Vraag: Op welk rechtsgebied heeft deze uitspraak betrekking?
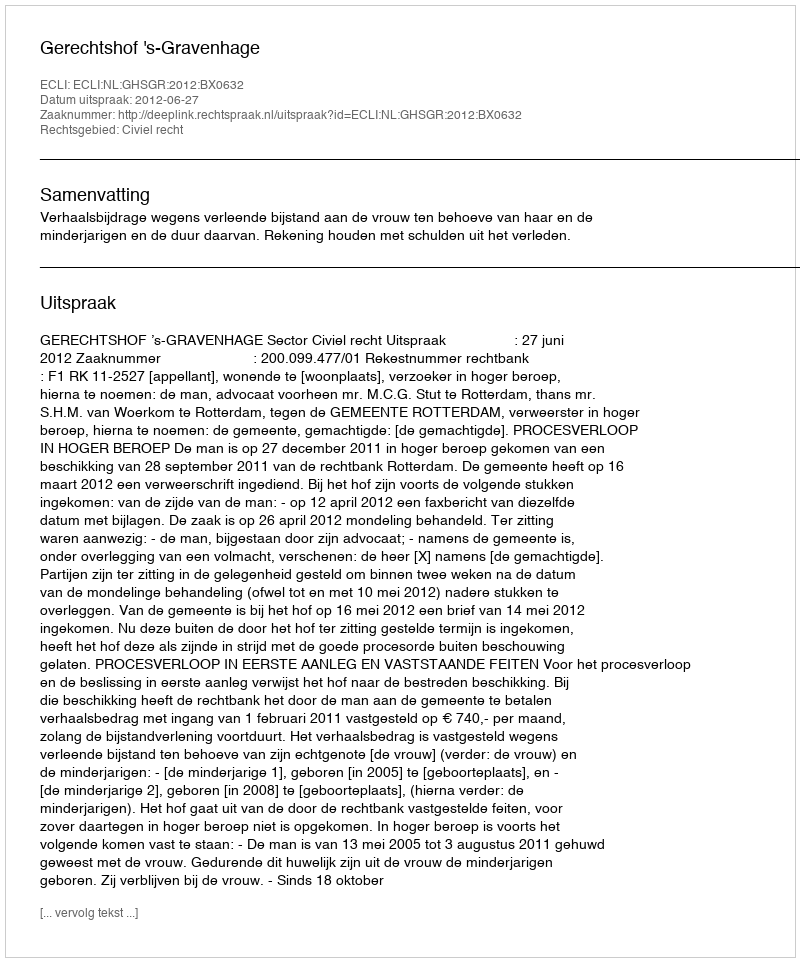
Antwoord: Civiel recht